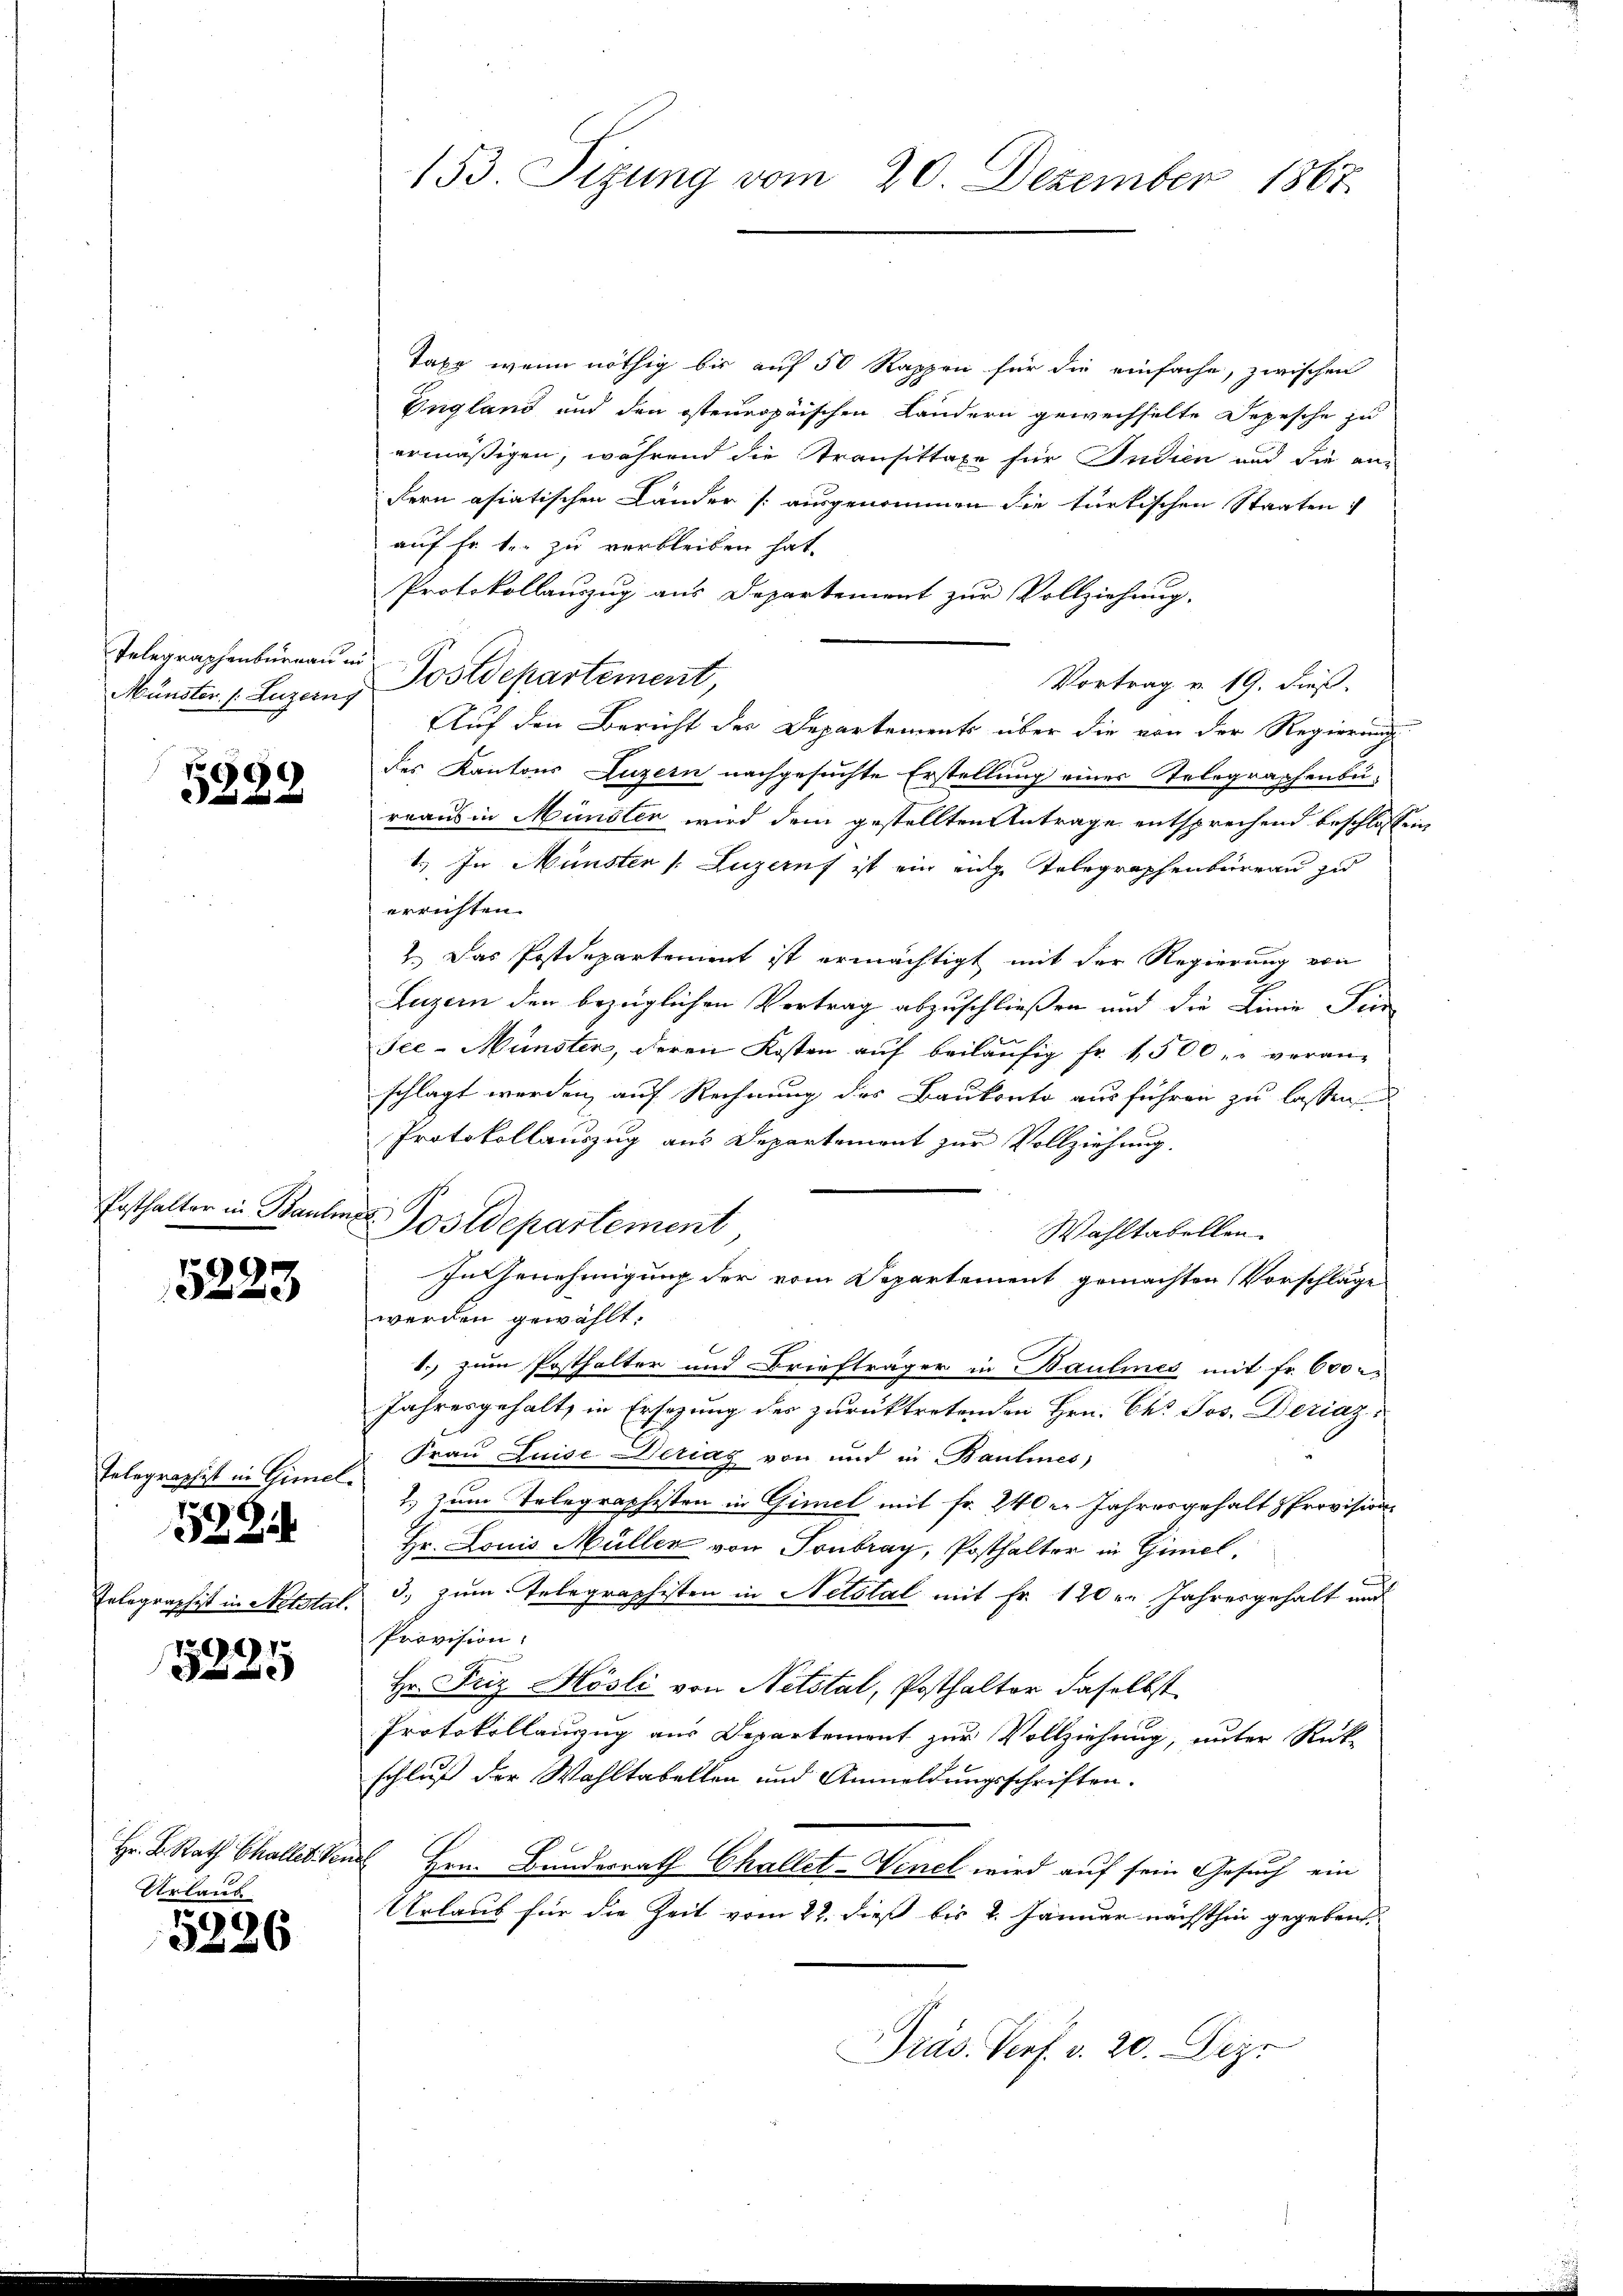
Telegraphenburnau in
Münster /: Luzern

5289

Posthalter in Bauliss

5223

Telegraphist in Gimel.
Telegraphist in Notstal.

1524

1209

Urlaub

5226

153. Sizung vom 20. Dezember 1867.

Taxe, wenn nöthig bis auf 50 Rappen für die einfache, zwischen
England und den ostennopäischen Ländern gewechselte Depesche zu
ermäßigen, während die Transittage für Indien und die an-
dern asiatischen Länder ausgenommen die türkischen Staaten:
auf Fr. t. zu verbleiben hat.
Protokollauszug aus Departement zur Vollziehung.
Postdepartement,
Vortrag v. 19. dieß.
Auf den Bericht des Departements über die von der Regierung
des Kantons Luzern nachgesuchte Erstellung eines Telegraphenbureaus in Münsten wird dem gestellten Antrage entsprechend beschlossen,
1.) In Münster (Luzern ist ein eige Telegraphenbureau zu
errichten.
2.) Das Postdepartement ist ermächtigt mit der Regierung von
Luzern den bezüglichen Vertrag abzuschließen und die Linie Per
Sce-Münster, deren Kosten auf beiläufig fr. 1,500 " " veran-
schlagt werden, auf Rechnung des Baukonto ausführen zu lassen
Protokollauszug aus Departement zur Vollziehung.
Postdepartement
Wahltabellen.
In Genehmigung der vom Departement gemachten Vorschläge
werden gewählt:
C
1., zum Posthalter und Briefträger in Baulines mit Fr. 600
Jahresgehalt, in Ersezung der zurücktretenden Hrn. Be. Jos. Deriaz:
Frau Luise Deziag von und in Baulines
2.) zum Telegraphisten in Gimel mit Fr. 240 u. Jahresgehalt & Provisions
Hr. Louis Müller von Pontrag, Posthalter in Gimel
3. zum Telegraphisten in Netstal mit Fr. 120. Jahresgehalt und
Provision.
Hr. Friz Hösli von Netstal, Posthalter daselbst
Protokollanzug aus Departement zur Vollziehung, unter Rück-
schluß der Wahltabelten und Anmeldungsschriften.
Hr. K. Rath Challet. Von Hrn. Bundesrath Challet-Venel wird auf sein Gesuch ein
Urlaub für die Zeit vom 22. dieß bis 4. Jänner nächsthin gegeben.
Präs. Verf. v. 20. Dez